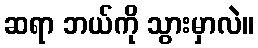
ဆရာ ဘယ်ကို သွားမှာလဲ။